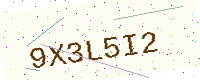
Text: 9X3L5I2